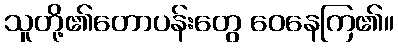
သူတို့၏တောပန်းတွေ ဝေနေကြ၏။